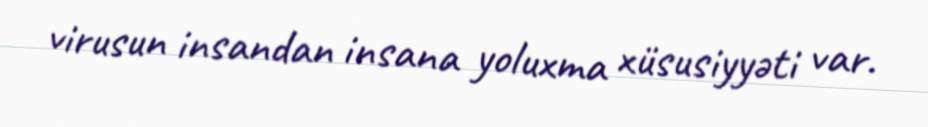
virusun insandan insana yoluxma xüsusiyyəti var.